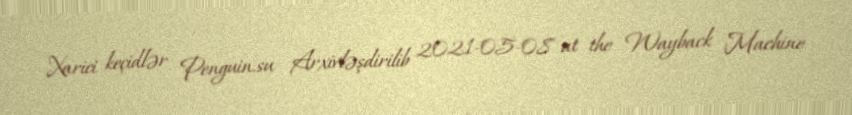
Xarici keçidlər Penguin.su Arxivləşdirilib 2021-05-08 at the Wayback Machine